Leaving Certificate, 1900
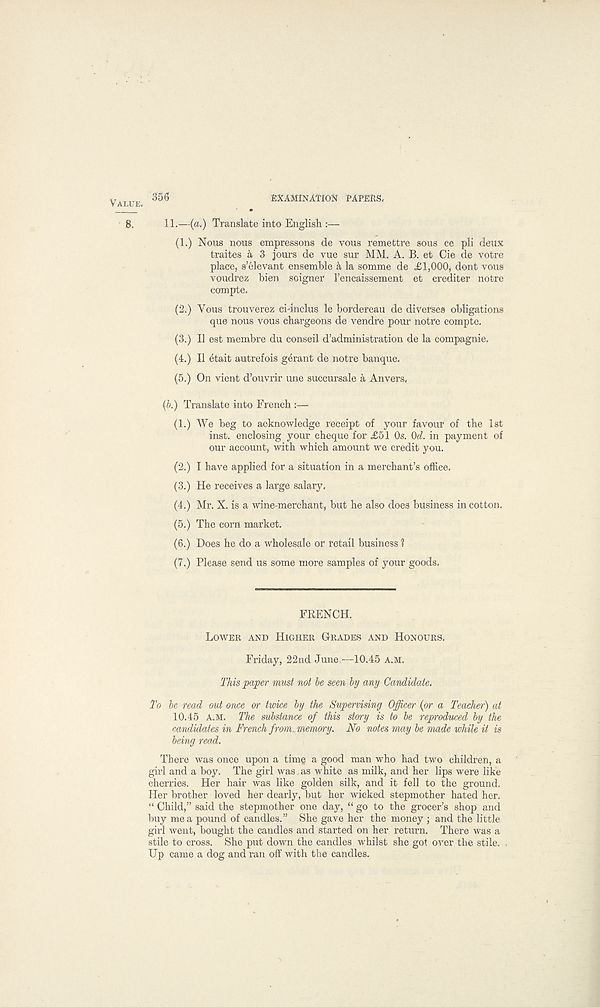
VALUE*
356
EXAMINATION PAPERS*
8,
11.—(a.) Translate into English :—
(1.) Nous nous empressons de vous remettre sous ce pH deux
traites a 3 jours de vue sur MM. A. B. et Cie de votre
place, Relevant ensemble a la somme de £1,000, dont vous
voudrez bien soigner I’encaissement et crediter notre
compte.
(2.) Vous trouverez cidnclus le bordereau de diverses obligations
que nous vous chargeons de vendre pour notre compte.
(3.) II est membre du conseil d’administration de la compagnie.
(4.) II etait autrefois gerant de notre banque.
(5.) On vient d’ouvrir une succursale a Anvers,
(b.) Translate into French :—
(1.) We beg to acknowledge receipt of your favour of the 1st
inst. enclosing your cheque for £51 Os. Od. in payment of
our account, with which amount we credit you.
(2.) I have applied for a situation in a merchant’s office-
(3.) He receives a large salary,
(4.) Mr. X. is a wine-merchant, but he also does business in cotton.
(5.) The corn market.
(6.) Does he do a wholesale or retail business 1
(7.) Please send us some more samples of your goods.
FRENCH.
LOWER AND HIGHER GRADES AND HONOURS.
Friday, 22nd June.—10.45 A.M.
This paper must not be seen by any Candidate.
To be read out once or twice by the Supervising Officer (or a Teacher) at
10.45 A.M. The substance of this story is to be reproduced by the
candidates in French from, memory. No notes may be made while it is
being read.
There was once upon a timg a good man who had two children, a
girl and a boy. The girl was as white as milk, and her lips were like
cherries. Her hair was like golden silk, and it fell to the ground.
Her brother loved her dearly, but her wicked stepmother hated her.
“ Child,” said the stepmother one day, “ go to the grocer’s shop and
buy me a pound of candles.” She gave her the money ; and the little
girl went, bought the candles and started on her return. There was a
stile to cross. She put down the candles whilst she got over the stile.
Up came a dog and ran off with the candles.